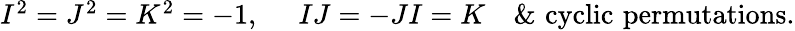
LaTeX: \begin{array}{ll}{{I^{2}=J^{2}=K^{2}=-1,\, \, \, }}&{{IJ=-JI=K\, \, \, \, \, \, \& \, \, \mathrm{cyclic}\, \, \mathrm{permutations}.}}\end{array}